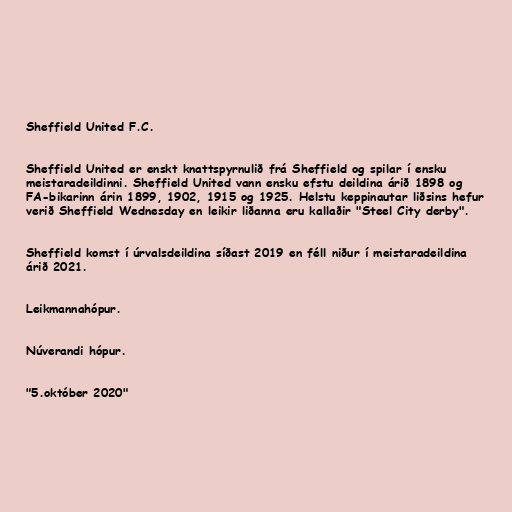
Sheffield United F.C.

Sheffield United er enskt knattspyrnulið frá Sheffield og spilar í ensku
meistaradeildinni. Sheffield United vann ensku efstu deildina árið 1898 og
FA-bikarinn árin 1899, 1902, 1915 og 1925. Helstu keppinautar liðsins hefur
verið Sheffield Wednesday en leikir liðanna eru kallaðir "Steel City derby".

Sheffield komst í úrvalsdeildina síðast 2019 en féll niður í meistaradeildina
árið 2021.

Leikmannahópur.

Núverandi hópur.

"5.október 2020"